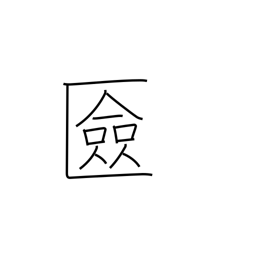
Meaning: cosmetics box